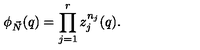
\phi _ { \vec { N } } ( q ) = \prod _ { j = 1 } ^ { r } z _ { j } ^ { n _ { j } } ( q ) .